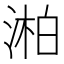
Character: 湐